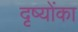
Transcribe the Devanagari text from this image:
दृष्योंका